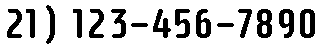
21) 123-456-7890